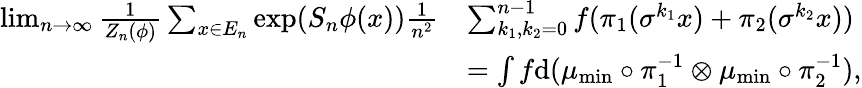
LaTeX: \begin{array}{rl}{\operatorname*{lim}_{n\to\infty}\frac{1}{Z_{n}(\phi)}\sum_{x\in E_{n}}\exp(S_{n}\phi(x))\frac{1}{n^{2}}}&{\sum_{k_{1},k_{2}=0}^{n-1}f(\pi_{1}(\sigma^{k_{1}}x)+\pi_{2}(\sigma^{k_{2}}x))}\\ &{=\int f\mathrm{d}(\mu_{\mathrm{min}}\circ\pi_{1}^{-1}\otimes\mu_{\mathrm{min}}\circ\pi_{2}^{-1}),}\end{array}